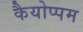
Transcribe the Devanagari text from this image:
कैयोप्पम